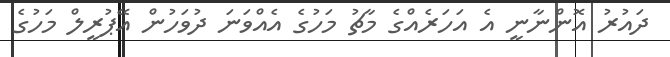
ދައުރު އޮންނާނީ އެ އަހަރެއްގެ މާޗު މަހުގެ އެއްވަނަ ދުވަހުން އޭޕުރީލް މަހުގެ